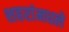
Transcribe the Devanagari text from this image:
शहरांमधले